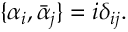
\{ \alpha _ { i } , \bar { \alpha } _ { j } \} = i \delta _ { i j } .